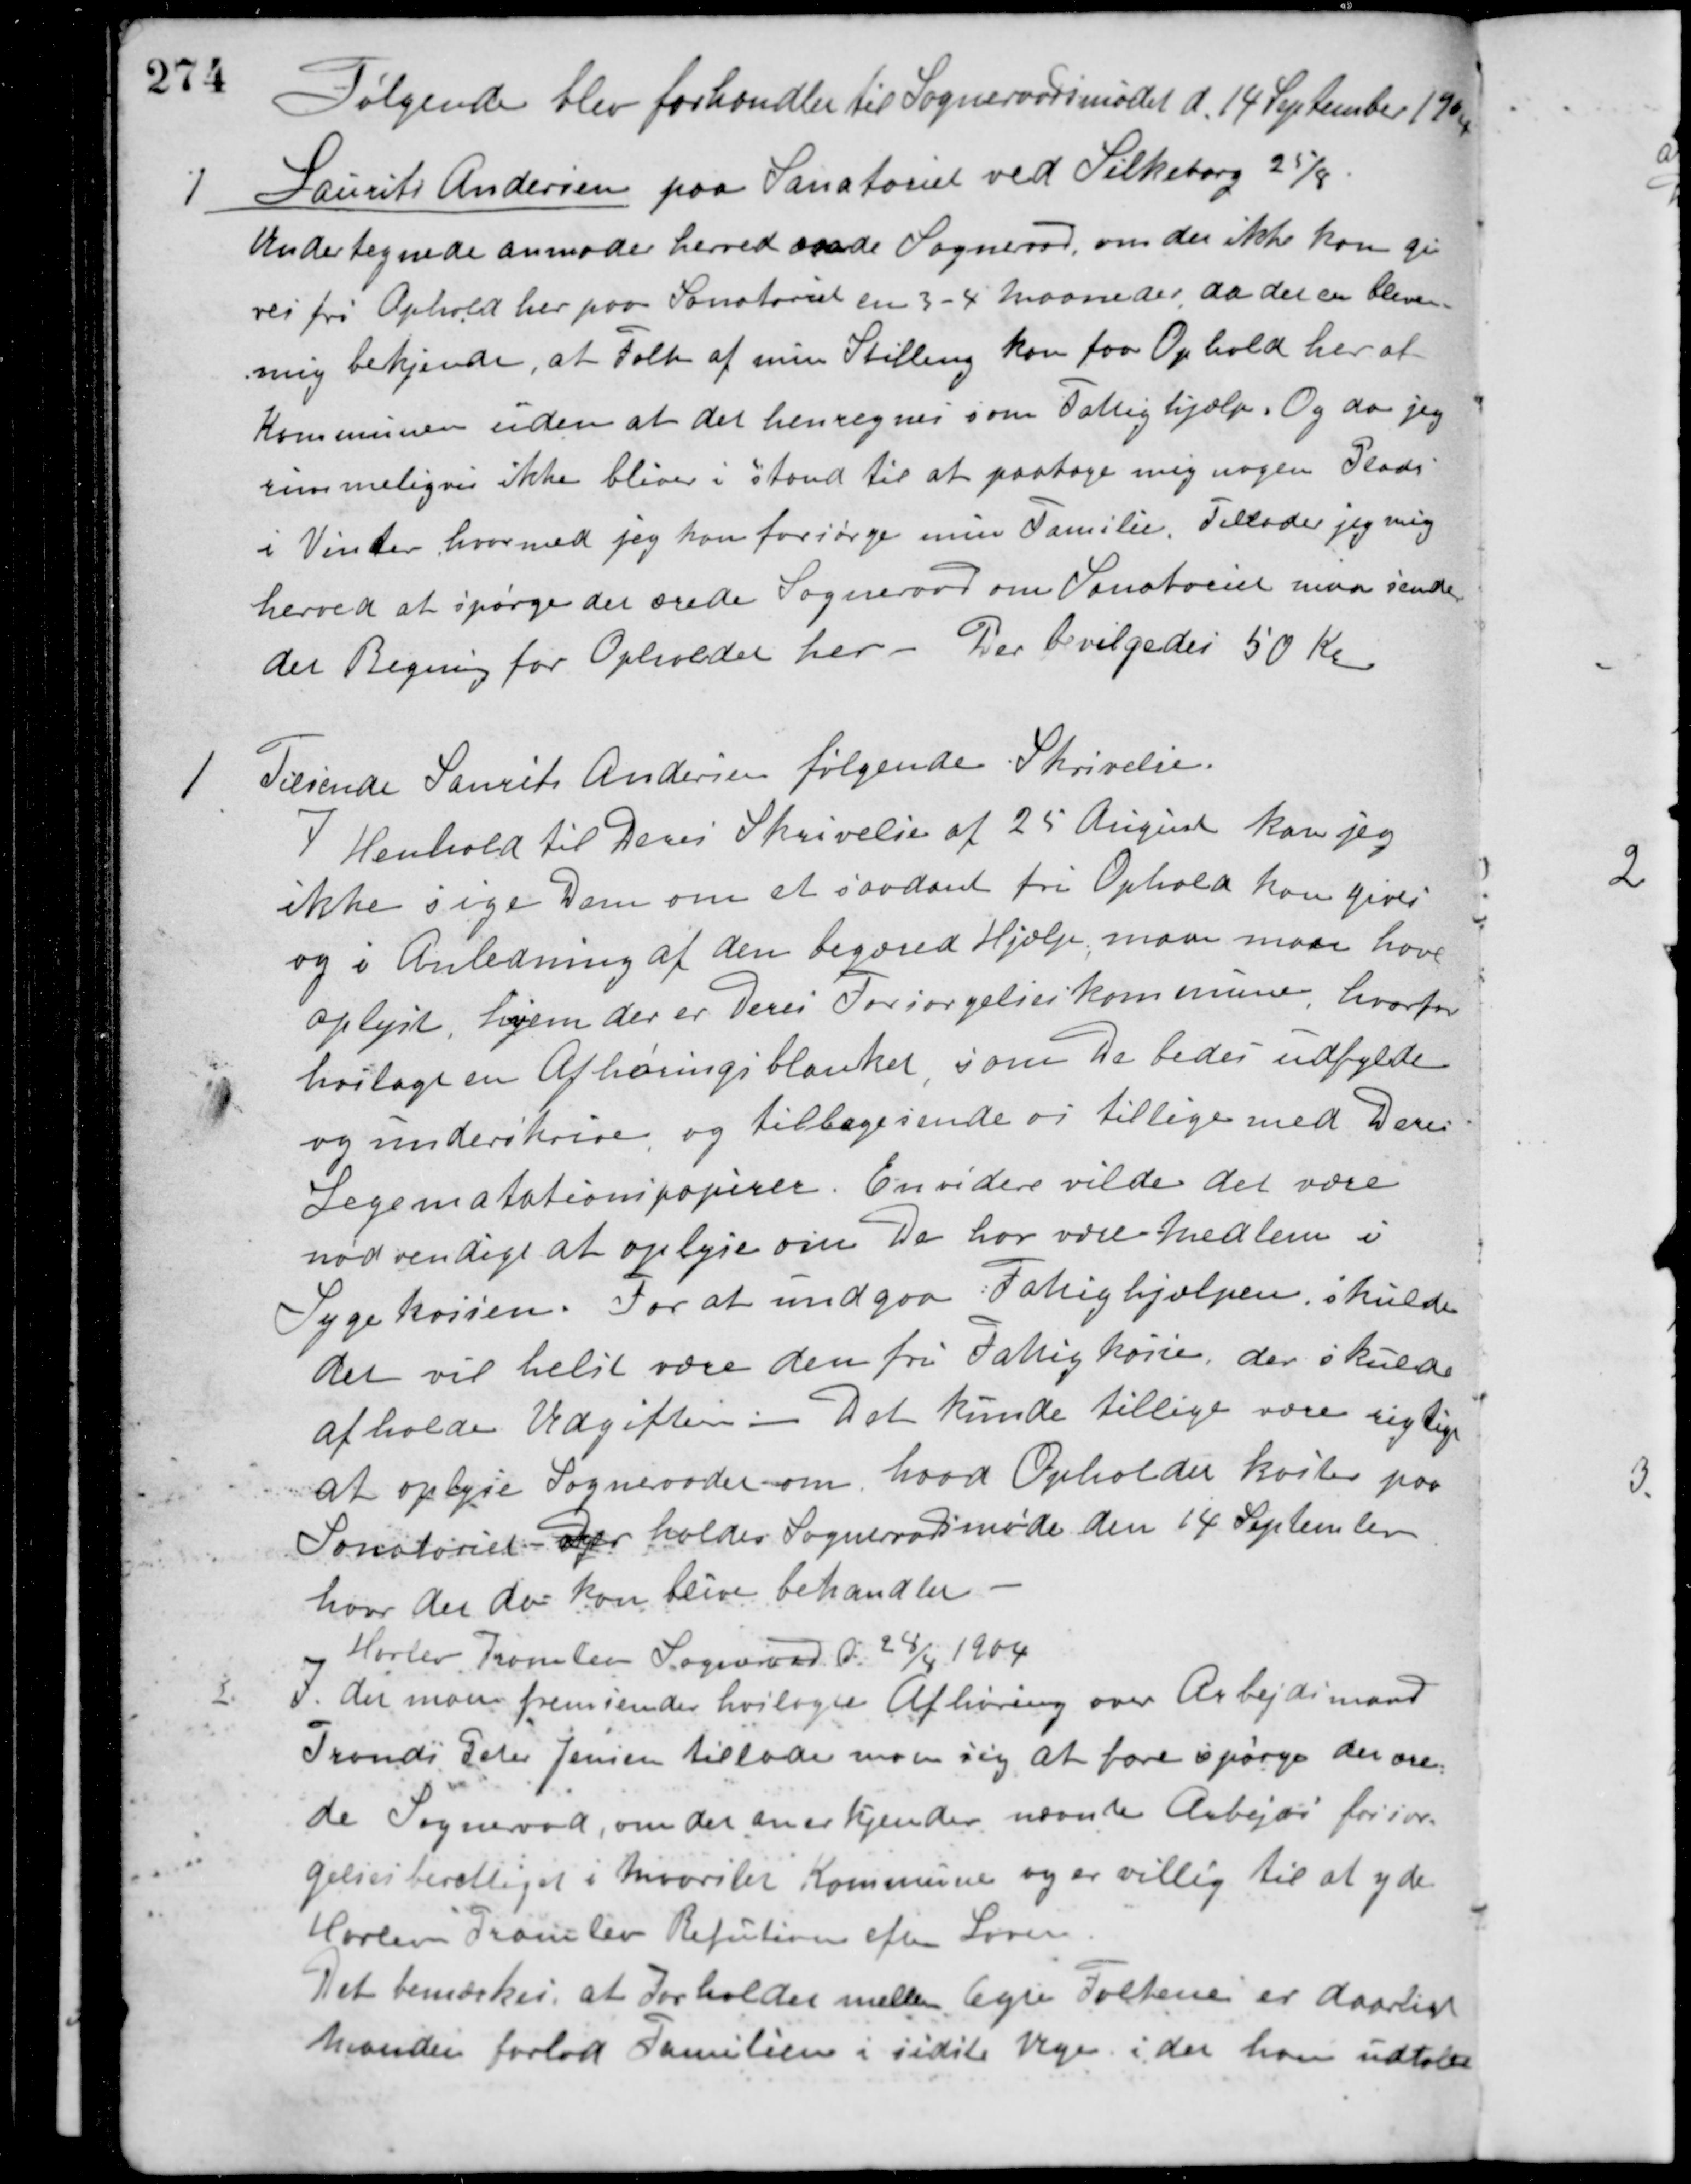
Transskription:
Følgende blev forhandlet til Sogneraadsmødet d. 14 September 1904
1 Laurits Andersen paa Sanatoriet ved Silkeborg 25/9.
Undertegnede anmoder herved ærede Sogneraad, om der ikke kan gi-
ves fri Ophold her paa Sanatoriet en 3 - 4 Maaneder, da det er bleven
mig bekjendt, at Folk af min Stilling kan faa Ophold her af
Kommunen uden at det henregnes som Fattighjælp. Og da jeg
rimmeligvis ikke bliver i stand til at paatage mig nogen Plads
i Vinter, hvormed jeg kan forsørge min Familie. Tillader jeg mig
herved at spørge det ærede Sogneraad om Sanatoriet maa sende
det Regning for Opholdet her - Der bevilgedes 50 Kr.
Tilsende Laurits Andersen følgende Skrivelse.
1
I Henhold til Deres Skrivelse af 25 August kan jeg
ikke sige Dem om et saadant fri Ophold kan gives
og i Anledning af den begæred Hjælp, maa man have
oplyst, hvem der er deres Forsørgelseskommune, hvorfor
hoslagt en Afhøringsblanket som De bedes udfylde
og underskrive, og tilbagesende os tillige med Deres
Legematationspapirer. Envidere vilde det være
nødvendigt at oplyse om De har være Medlem i
Sygekassen. For at undgaa Fattighjælpen, skulde
det vil helst være den fri Fattigkasse, der skulde
afholde Udgiften. Det kunde tillige være rigtigt
at oplyse Sognerådet om hvad Opholdet koster paa
Sanatoriet. Der holdes Sogneraadsmøde den 14 September
hvor der da kan blive behandlet.
Harlev Framlev Sogneraad d. 28/4 1904
I det man fremsender hoslagte Afhøring over Arbejdsmand
2.
Frands Peter Jensen tillader man sig at forespørge det ære-
de Sogneraad, om det anerkjender nævnte Arbejder forsør-
gelsesberettiget i Maarslet Kommune og er villig til at yde
Harlev Framlev Refution efter Loven.
Det bemærkes, at Forholdet mellem Ægte Folkene er daarligt
Manden forlod Familien i sidste Uge idet han udtalte